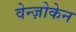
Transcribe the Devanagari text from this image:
वेन्ज़ोकेन